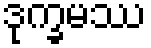
ဒုက္ခမဿ